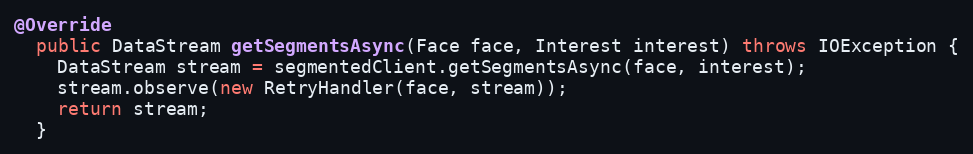
Language: Java
@Override
  public DataStream getSegmentsAsync(Face face, Interest interest) throws IOException {
    DataStream stream = segmentedClient.getSegmentsAsync(face, interest);
    stream.observe(new RetryHandler(face, stream));
    return stream;
  }